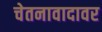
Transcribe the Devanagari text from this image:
चेतनावादावर